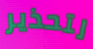
لتحذير